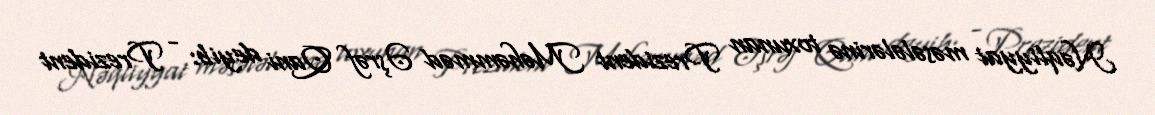
Nəqliyyat məsələlərinə toxunan Prezident Məhəmməd Əşrəf Qani deyib: - Prezident